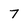
Character: 7